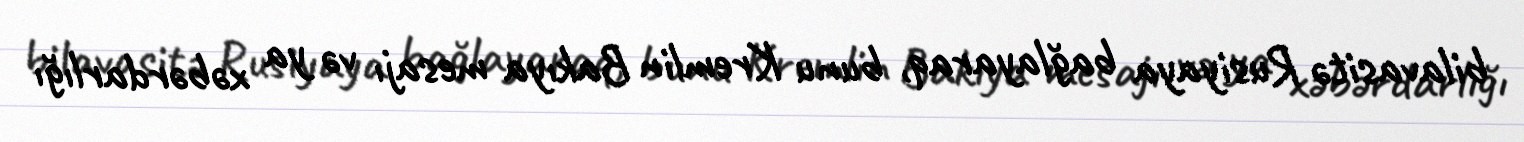
bilavasitə Rusiyaya bağlayaraq, bunu Kremlin Bakıya mesajı və ya xəbərdarlığı